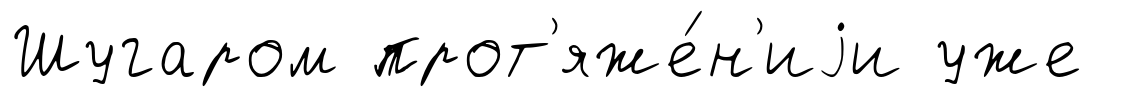
Шугаром прот'яже́н'иjи уже